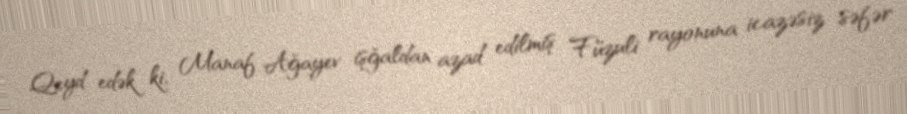
Qeyd edək ki, Manaf Ağayev işğaldan azad edilmiş Füzuli rayonuna icazəsiz səfər